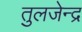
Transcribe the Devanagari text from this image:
तुलजेन्द्र